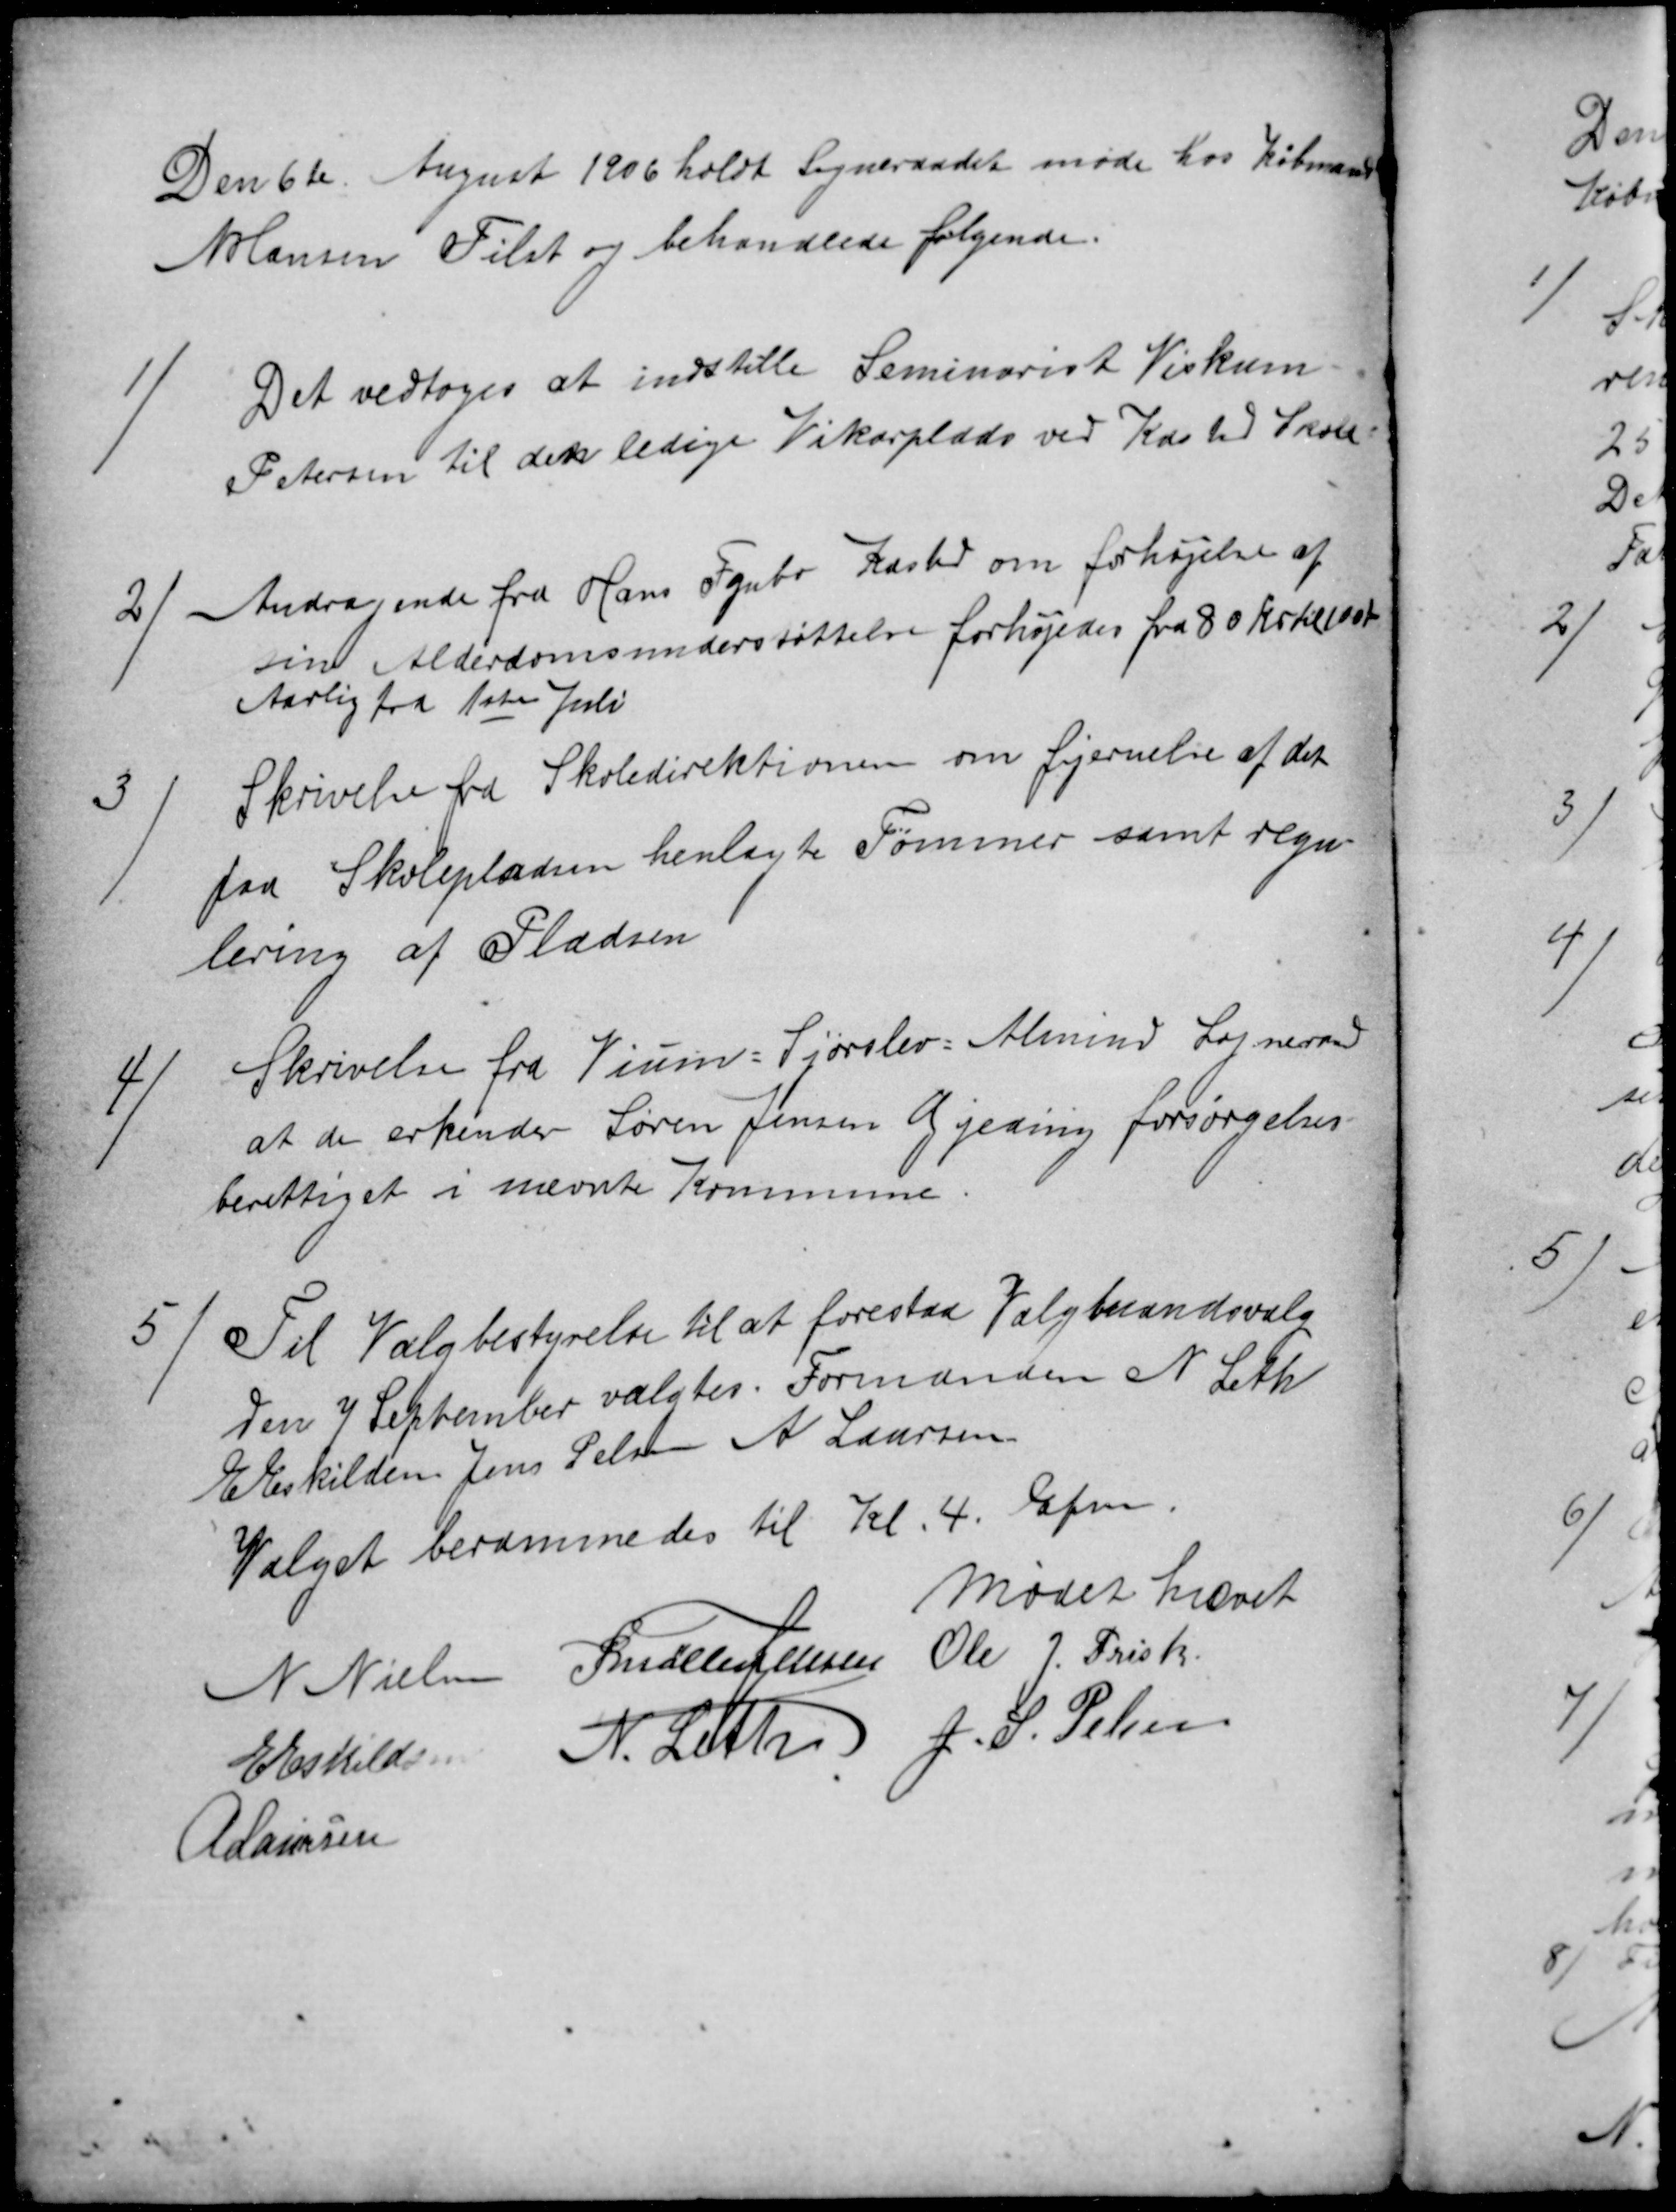
Transskription:
Den 6te August 1906 holdt Sogneraadet møde hos Købmand
N Hansen Tilst og behandlede følgende.
1)
Det vedtoges at indstille Seminarist Viskum
Petersen til den ledige Vikarplads ved Kasted Skole
2
Andragende fra Hans Fynbo Kasted om forhøjelse af
sin Alderdomsunderstøttelse forhøjedes fra 80 kr til 100 Kr
Aarlig fra 1ste Juli
3)
Skrivelse fra Skoledirektionen om fjernelse af det
fra Skolepladsen henlagte Tømmer samt regu-
lering af Pladsen
4)
Skrivelse fra Vium=Sjørslev=Almind Sogneraad
at de erkender Søren Jensen Gjeding forsørgelses-
berettiget i nævnte Kommune.
5)
Til Valgbestyrelse til at forestaa Valgmandsvalg
den 7 September valgtes. Formanden N Leth
E Eskilden Jens Pelsen A Laursen
Valget berammedes til Kl. 4. Efm.
Mødet hævet
N Nielsen
P Møller Jensen
Ole J. Frisk
E Eskildsen
N. Leth
A Laursen